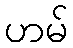
ဟမ်